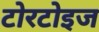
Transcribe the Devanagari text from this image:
टोरटोइज